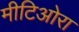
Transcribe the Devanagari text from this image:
मीटिओरा